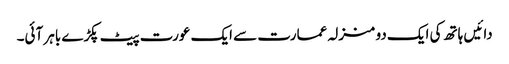
دائیں ہاتھ کی ایک دو منزلہ عمارت سے ایک عورت پیٹ پکڑے باہر آئی۔